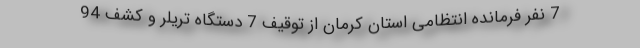
7 نفر فرمانده انتظامی استان کرمان از توقیف 7 دستگاه تریلر و کشف 94